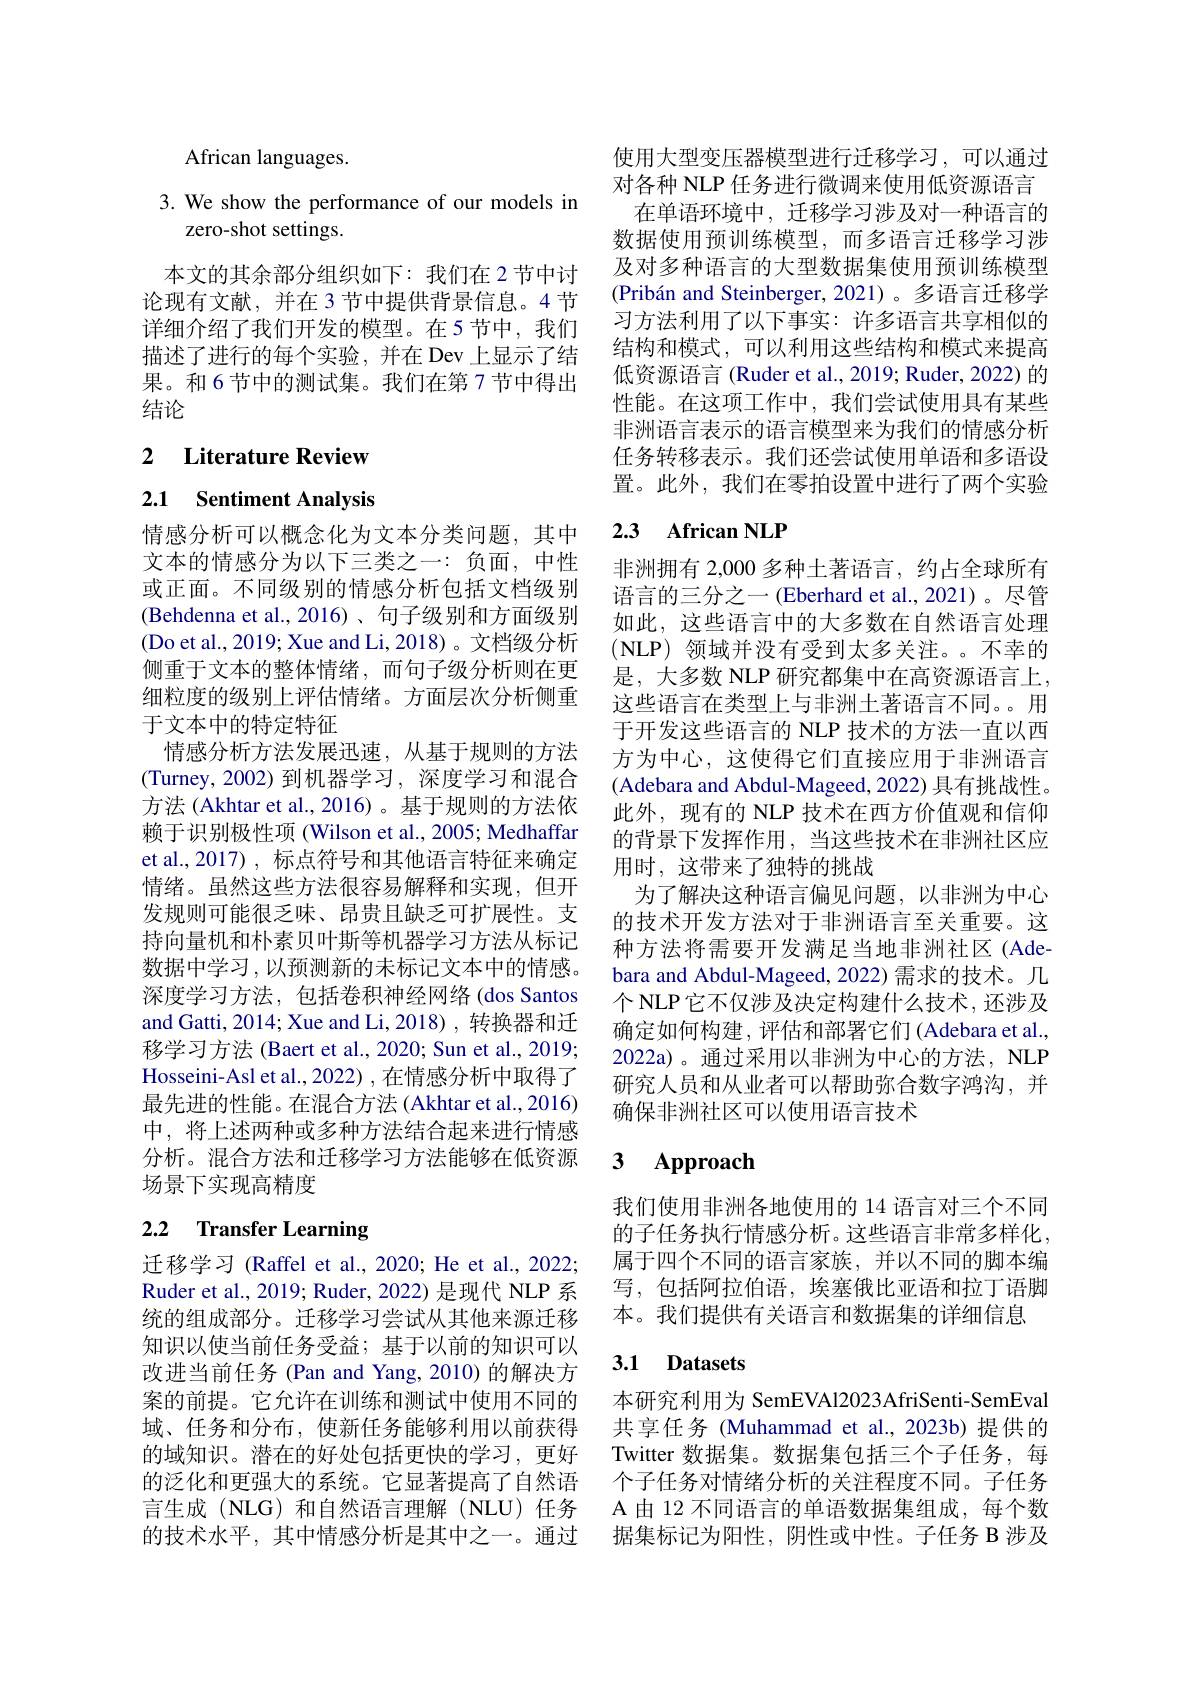
African languages.

3. We show the performance of our models in
zero-shot settings.

本文的其余部分组织如下：我们在 2 节中讨论现有文献，并在 3 节中提供背景信息。4 节详细介绍了我们开发的模型。在5节中，我们描述了进行的每个实验，并在 Dev 上显示了结果。和6节中的测试集。我们在第7节中得出结论

## 2 $\textbf{Literature Review}$

2.1 Sentiment Analysis

或正面。不同级别的情感分析包括文档级别(Behdenna et al.,2016)、句子级别和方面级别(Do et al., 2019; Xue and Li, 2018)。文档级分析侧重于文本的整体情绪，而句子级分析则在更细粒度的级别上评估情绪。方面层次分析侧重于文本中的特定特征
情感分析方法发展迅速，从基于规则的方法(Turney,2002)到机器学习，深度学习和混合方法 (Akhtar et al.,2016) 。基于规则的方法依赖于识别极性项 (Wilson et al., 2005; Medhaffar et al.,2017), 标点符号和其他语言特征来确定情绪。虽然这些方法很容易解释和实现，但开发规则可能很乏味、昂贵且缺乏可扩展性。支持向量机和朴素贝叶斯等机器学习方法从标记数据中学习，以预测新的未标记文本中的情感。深度学习方法，包括卷积神经网络(dos Santos and Gatti, 2014; Xue and Li, 2018) , 转换器和迁移学习方法 (Baert et al., 2020; Sun et al., 2019; Hosseini-Asl et al., 2022) , 在情感分析中取得了最先进的性能。在混合方法 (Akhtar et al., 2016) 中，将上述两种或多种方法结合起来进行情感分析。混合方法和迁移学习方法能够在低资源场景下实现高精度

# 2.2 Transfer Learning

迁移学习 (Raffel et al., 2020; He et al., 2022; Ruder et al., 2019; Ruder, 2022) 是现代 NLP 系统的组成部分。迁移学习尝试从其他来源迁移知识以使当前任务受益；基于以前的知识可以改进当前任务 (Pan and Yang, 2010) 的解决方案的前提。它允许在训练和测试中使用不同的域、任务和分布，使新任务能够利用以前获得的域知识。潜在的好处包括更快的学习，更好的泛化和更强大的系统。它显著提高了自然语 个子任务对情绪分析的关注程度不同。子任务言生成 (NLG) 和自然语言理解 (NLU) 任务 A 由 12 不同语言的单语数据集组成，每个数的技术水平，其中情感分析是其中之一。通过

使用大型变压器模型进行迁移学习，可以通过对各种 NLP 任务进行微调来使用低资源语言
在单语环境中，迁移学习涉及对一种语言的数据使用预训练模型，而多语言迁移学习涉及对多种语言的大型数据集使用预训练模型$( \text{Prib\'{a} n and Steinberger, 2021) 。多 语 言 迁 移 学 }$ 习方法利用了以下事实：许多语言共享相似的结构和模式，可以利用这些结构和模式来提高低资源语言 (Ruder et al., 2019; Ruder, 2022) 的性能。在这项工作中，我们尝试使用具有某些非洲语言表示的语言模型来为我们的情感分析任务转移表示。我们还尝试使用单语和多语设置。此外，我们在零拍设置中进行了两个实验

# 情感分析可以概念化为文本分类问题，其中 2.3 African NLP

文本的情感分为以下三类之一：负面，中性 非洲拥有 2,000 多种土著语言，约占全球所有
语言的三分之一 (Eberhard et al.,2021)。尽管如此，这些语言中的大多数在自然语言处理(NLP)领域并没有受到太多关注。不幸的是，大多数 NLP 研究都集中在高资源语言上， 这些语言在类型上与非洲土著语言不同。。用于开发这些语言的 NLP 技术的方法一直以西方为中心，这使得它们直接应用于非洲语言(Adebara and Abdul-Mageed, 2022) 具有挑战性。此外，现有的 NLP 技术在西方价值观和信仰的背景下发挥作用，当这些技术在非洲社区应用时，这带来了独特的挑战
为了解决这种语言偏见问题，以非洲为中心的技术开发方法对于非洲语言至关重要。这种方法将需要开发满足当地非洲社区(Adebara and Abdul-Mageed, 2022) 需求的技术。几个 NLP 它不仅涉及决定构建什么技术，还涉及确定如何构建，评估和部署它们(Adebara et al., 2022a)。通过采用以非洲为中心的方法，NLP 研究人员和从业者可以帮助弥合数字鸿沟，并确保非洲社区可以使用语言技术

### 3 $\mathbf{Approach}$

我们使用非洲各地使用的 14 语言对三个不同的子任务执行情感分析。这些语言非常多样化， 属于四个不同的语言家族，并以不同的脚本编写，包括阿拉伯语，埃塞俄比亚语和拉丁语脚本。我们提供有关语言和数据集的详细信息

## 3.1 Datasets

本研究利用为 SemEVAl2023AfriSenti-SemEval 共享任务 (Muhammad et al.,2023b) 提供的Twitter 数据集。数据集包括三个子任务，每据集标记为阳性，阴性或中性。子任务 B 涉及